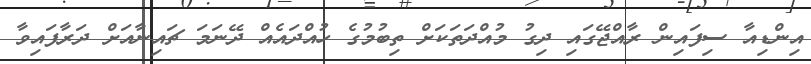
އިންޑިއާ ސިފައިން ރާއްޖޭގައި ދިގު މުއްދަތަކަށް ތިބުމުގެ ހުއްދައެއް ދޭނަމަ ޗައިނާއަށް ދަރާފައިވާ